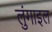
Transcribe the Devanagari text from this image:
लुंगाइल